Code of medical and sanitary regulations for the guidance of medical officers serving in the Madras Presidency - Volume II
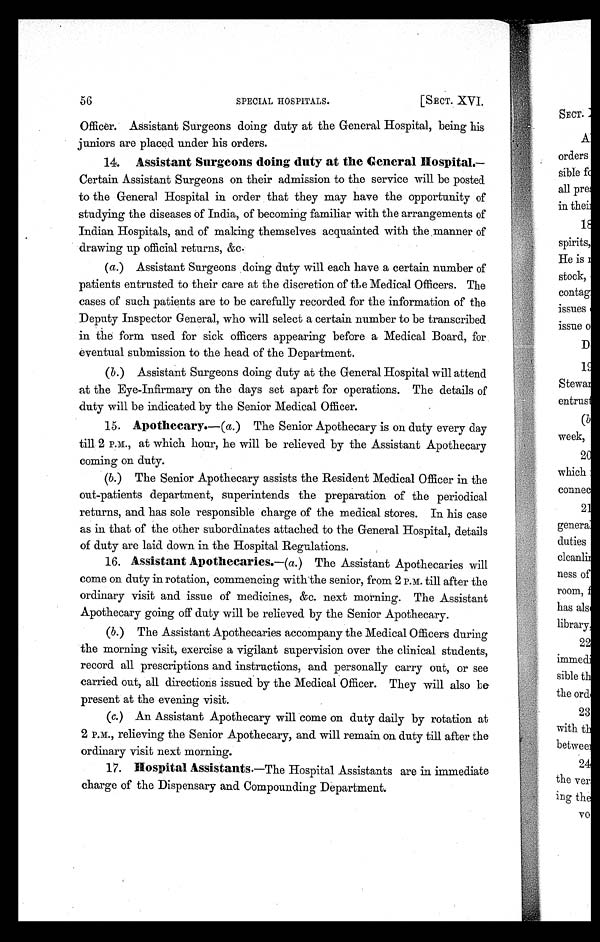
SPECIAL HOSPITALS.
[SECT. XVI,
Officer. Assistant Surgeons doing duty at the General Hospital, being his
juniors are placed under his orders.
14. Assistant Surgeons doing duty at the General Hospital .—
Certain Assistant Surgeons on their admission to the service will be posted
to the General Hospital in order that they may have the opportunity of
studying the diseases of India, of becoming familiar with the arrangements of
Indian Hospitals, and of making themselves acquainted with the, manner of
drawing up official returns, &c.
(a.)Assistant Surgeons doing duty will each have a certain number of
patients entrusted to their care at the discretion of the Medical Officers. The
cases of such patients are to be carefully recorded for the information of the
Deputy Inspector General, who will select a certain number to be transcribed
in the form used for sick officers appearing before a Medical Board, for
eventual submission to the head of the Department.
(b.)Assistant Surgeons doing duty at the General Hospital will attend
at the Eye-Infirmary on the days set apart for operations. The details of
duty will be indicated by the Senior Medical Officer.
15. Apothecary.—(a.) The Senior Apothecary is on duty every day
till 2 P.M., at which hour, he will be relieved by the Assistant Apothecary
coming on duty.
(b .) The Senior Apothecary assists the Resident Medical Officer in the
out-patients department, superintends the preparation of the periodical
returns, and has sole responsible charge of the medical stores. In his case
as in that of the other subordinates attached to the General Hospital, details
of duty are laid down in the Hospital Regulations.
16. Assistant Apothecaries .—(a .) The Assistant Apothecaries will
come on duty in rotation, commencing with the senior, from 2 P.M. till after the
ordinary visit and issue of medicines, &c. next morning. The Assistant
Apothecary going off duty will be relieved by the Senior Apothecary.
(b .) The Assistant Apothecaries accompany the Medical Officers during
the morning visit, exercise a vigilant supervision over the clinical students,
record all prescriptions and instructions, and personally carry out, or see
carried out, all directions issued by the Medical Officer. They will also be
present at the evening visit.
(c.) An Assistant Apothecary will come on duty daily by rotation at
2 P.M., relieving the Senior Apothecary, and will remain on duty till after the
ordinary visit next morning.
17. Hospital Assistants .—The Hospital Assistants are in immediate
charge of the Dispensary and Compounding Department.